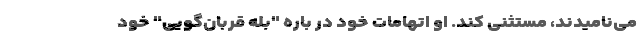
می‌نامیدند، مستثنی کند. او اتهامات خود در باره "بله قربان‌گویی" خود